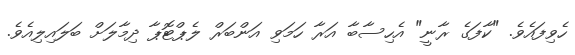
ހެވިފައެވެ. "ކާފަގެ ރާނީ" އެހިސާބާ އަރާ ހަމަވި އަންބަރް ލެޕްޓޮޕާ ދިމާލަށް ބަލައިލިއެވެ.